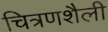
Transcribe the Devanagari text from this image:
चित्रणशैली